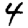
Digit: 4